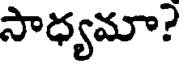
సాధ్యమా?